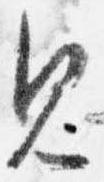
見